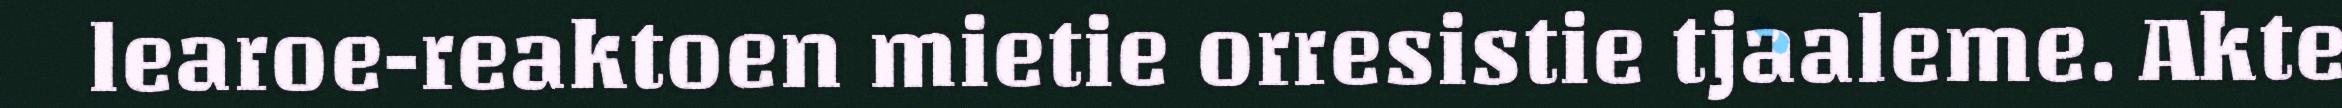
learoe-reaktoen mietie orresistie tjaaleme. Akte